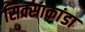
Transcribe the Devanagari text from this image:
सिक्साकांडा